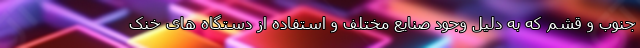
جنوب و قشم که به دلیل وجود صنایع مختلف و استفاده از دستگاه های خنک